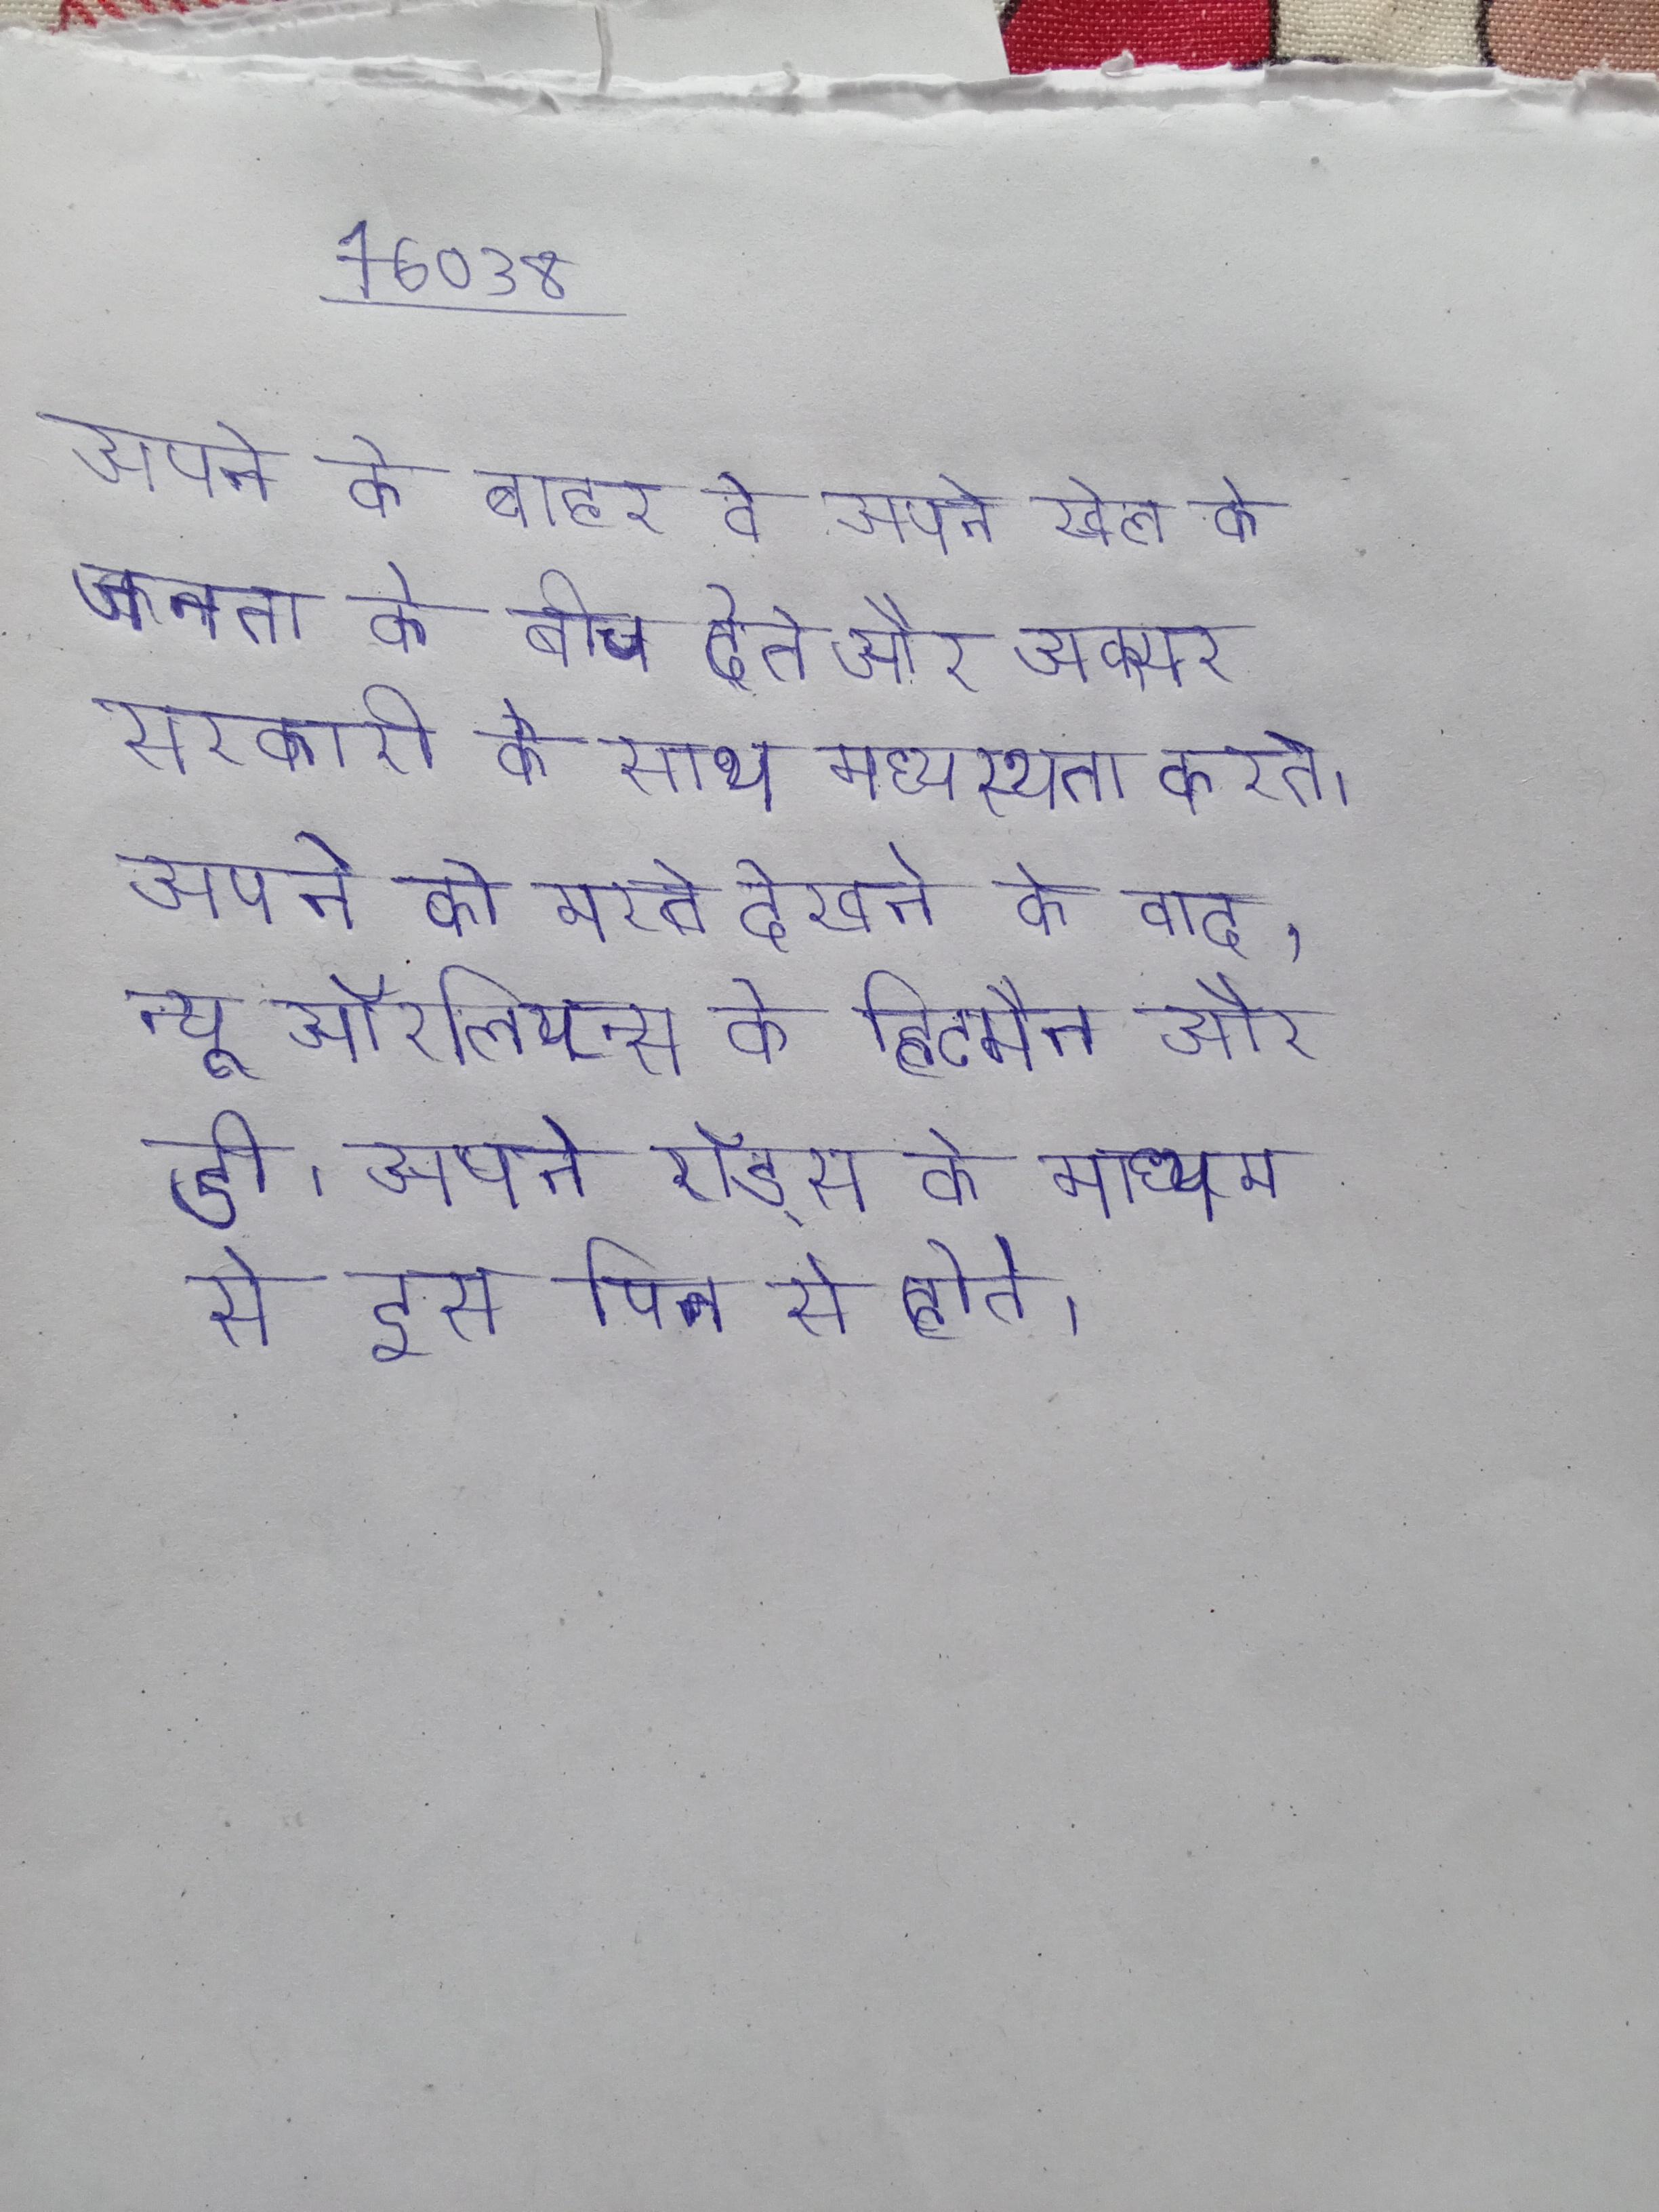
अपने के बाहर वे अपने खेल को जनता के बीच देते और अक्सर सरकारी के साथ मध्यस्थता करते । अपने को मरते देखने के बाद, न्यू ऑरलियन्स के हिटमैन और डी । अपने रॉड्स के माध्यम से इस पिन से होते ।